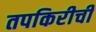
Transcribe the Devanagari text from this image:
तपकिरीची